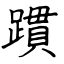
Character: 躀